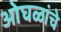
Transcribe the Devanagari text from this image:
ओघळांचे